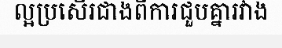
ល្អប្រសើរជាងពីការជួបគ្នារវាង